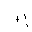
Letter: _ba